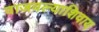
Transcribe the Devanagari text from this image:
वाजवल्याशिवाय